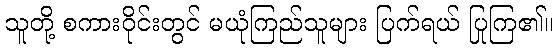
သူတို့ စကားဝိုင်းတွင် မယုံကြည်သူများ ပြက်ရယ် ပြုကြ၏။